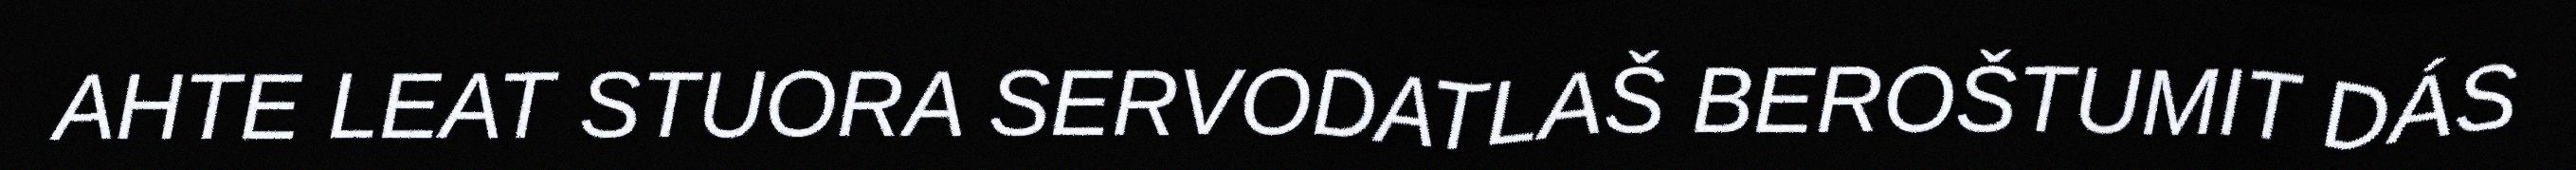
AHTE LEAT STUORA SERVODATLAŠ BEROŠTUMIT DÁS